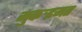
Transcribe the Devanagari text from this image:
मुकर्‍इमत